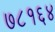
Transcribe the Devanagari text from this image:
७८१६४